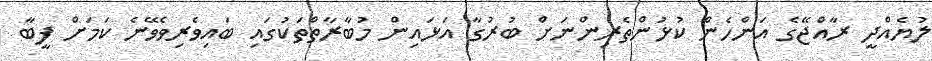
ލުޔެއްދީ ރާއްޖޭގެ އަންހެން ކުޅުންތެރިންނަށް ބުރުގާ އަޅައިން މުބާރާތްތަކުގައި ބައިވެރިވެވޭނެ ކަމަށް ފީބާ